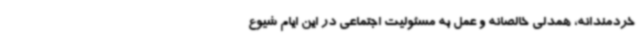
خردمندانه، همدلی خالصانه و عمل به مسئولیت اجتماعی در این ایام شیوع